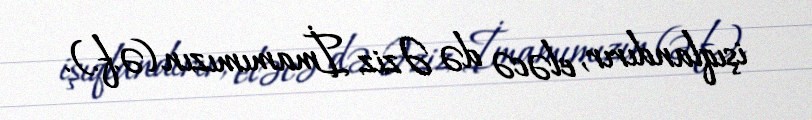
işıqlandırır, eləcə də Əziz İmamımızın (ə.f.).